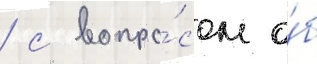
/ с вопро́сом о́б